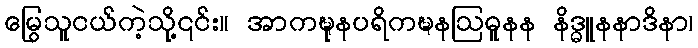
မြွေသူငယ်ကဲ့သို့၎င်း။ အာကဍ္ဎုနပရိကဍ္ဎနဩဓူနန နိဒ္ဓူနနာဒိနာ၊